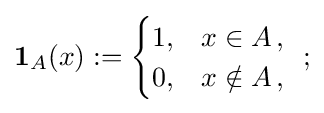
\mathbf {1} _{A}(x):={\begin{cases}1,&x\in A\,,\\0,&x\notin A\,,\end{cases}}\;\;;